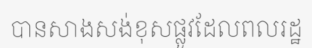
បានសាងសង់ខុសផ្លូវដែលពលរដ្ឋ